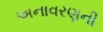
અનાવરણની